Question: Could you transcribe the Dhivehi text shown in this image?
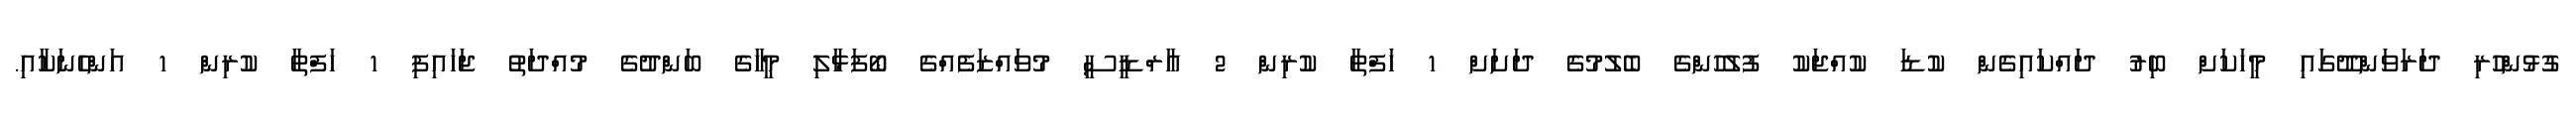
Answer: ގުޅުންހުރި ދަރަވަންދޫގައި މީހަކަށް ބިރު ދައްކައިގެން ކުޑަ ކުއްޖަކު ފުލުހުންގެ ބެލުމުގެ ދަށަށް 1 ހަފްތާ ކުރިން 2 އާރްޑީސީ މުވައްޒަފެއްގެ ބޯފަޅާލި މީހާގެ ބަންދުގެ މުއްދަތު ޖަހައިފި 1 ހަފްތާ ކުރިން 1 އަންހެނަކާއި.